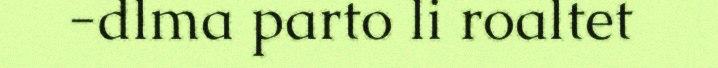
-dlma parto li roaltet